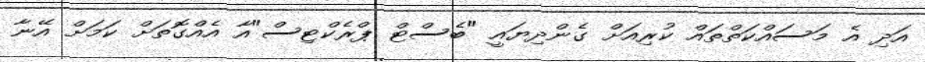
އަދި އެ މަސައްކަތްތައް ކުރިއަށް ގެންދިޔައީ "ބެސްޓް ޕްރެކްޓިސް"އާ އެއްގޮތަށް ކަމަށް އޭނާ